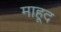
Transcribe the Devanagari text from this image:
माहूद